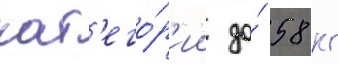
кат'его́р'ии до́ 58 кг